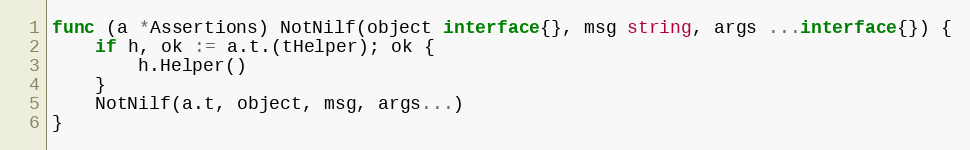
Language: Go
func (a *Assertions) NotNilf(object interface{}, msg string, args ...interface{}) {
	if h, ok := a.t.(tHelper); ok {
		h.Helper()
	}
	NotNilf(a.t, object, msg, args...)
}